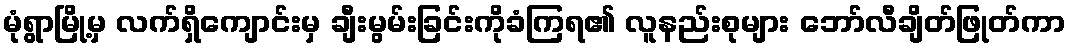
မုံရွာမြို့မှ လက်ရှိကျောင်းမှ ချီးမွမ်းခြင်းကိုခံကြရ၏ လူနည်းစုများ ဘော်လီချိတ်ဖြုတ်ကာ